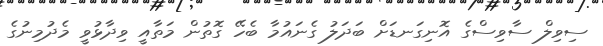
ސިވިލް ސާވިސްގެ އޮނިގަނޑަށް ބަދަލު ގެނައުމާ ބެހޭ ގޮތުން މަތާއީ ވިދާޅުވީ މެދުމިނުގެ